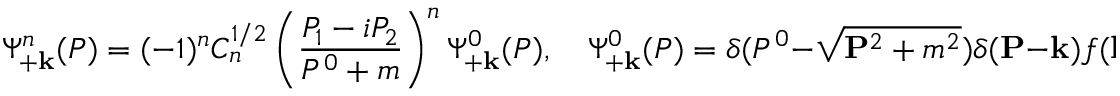
\Psi _ { + \bf k } ^ { n } ( P ) = ( - 1 ) ^ { n } C _ { n } ^ { 1 / 2 } \left( \frac { P _ { 1 } - i P _ { 2 } } { P ^ { 0 } + m } \right) ^ { n } \Psi _ { + \bf k } ^ { 0 } ( P ) , \quad \Psi _ { + \bf k } ^ { 0 } ( P ) = \delta ( P ^ { 0 } - \sqrt { { \bf P } ^ { 2 } + m ^ { 2 } } ) \delta ( { \bf P } - { \bf k } ) f ( { \bf k } ) ,